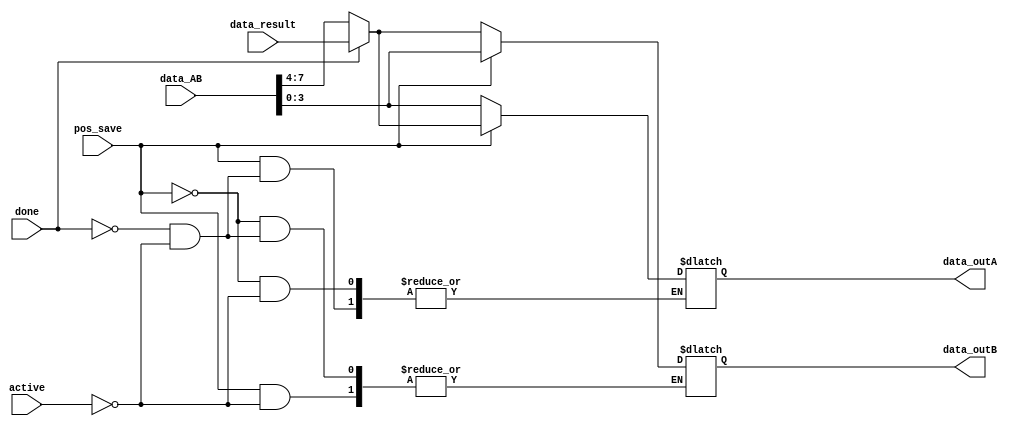
module save(done,pos_save,data_result,active,data_AB,data_outA,data_outB
);
input pos_save,active,done;
input [7:0] data_AB;
input [3:0] data_result;
output [3:0] data_outA;
output [3:0]data_outB;

always @(active,done) begin
    if (pos_save) begin
        if (active) begin
        data_outA <= data_AB[7:4];
        data_outB <= data_AB[3:0];
        end
        if (done) begin
        data_outA<= data_result;           
        end
    end     
    else begin
        if (active) begin
        data_outB<= data_AB[7:4];
        data_outA<= data_AB[3:0];           
        end
        if (done) begin
        data_outB<= data_result;   
        end       
    end    
 end


endmodule